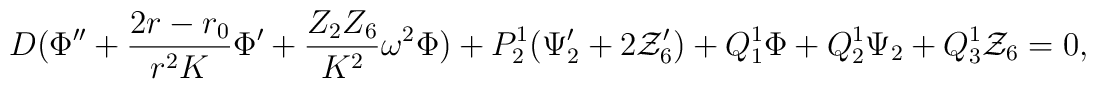
D (\Phi'' + {2r-r_0 \over r^2 K} \Phi' + {Z_2 Z_6 \over K^2} \omega^2\Phi) + P^1_2 (\Psi_2' + 2 {\cal Z}_6') + Q^1_1 \Phi + Q^1_2 \Psi_2 +Q^1_3 {\cal Z}_6 =0,